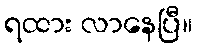
ရထား လာနေပြီ။